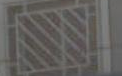
AY